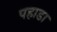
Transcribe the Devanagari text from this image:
पहाडा